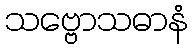
သဗ္ဗောသဓာနံ